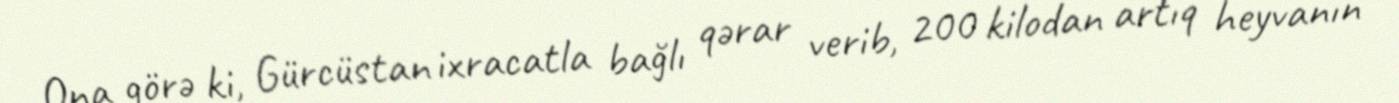
Ona görə ki, Gürcüstan ixracatla bağlı qərar verib, 200 kilodan artıq heyvanın